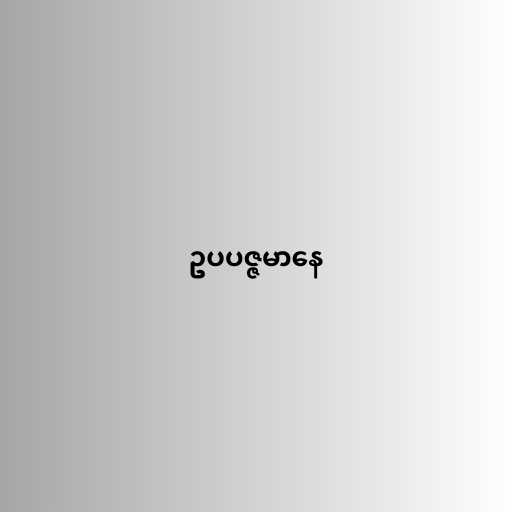
ဥပပဇ္ဇမာနေ